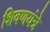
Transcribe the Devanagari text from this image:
शिवणयंत्रे